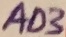
Text: AD3